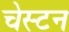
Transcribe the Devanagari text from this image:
चेस्टन